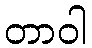
တာဝါ